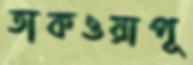
তাকওয়াপূ